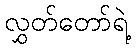
လွှတ်တော်ရဲ့